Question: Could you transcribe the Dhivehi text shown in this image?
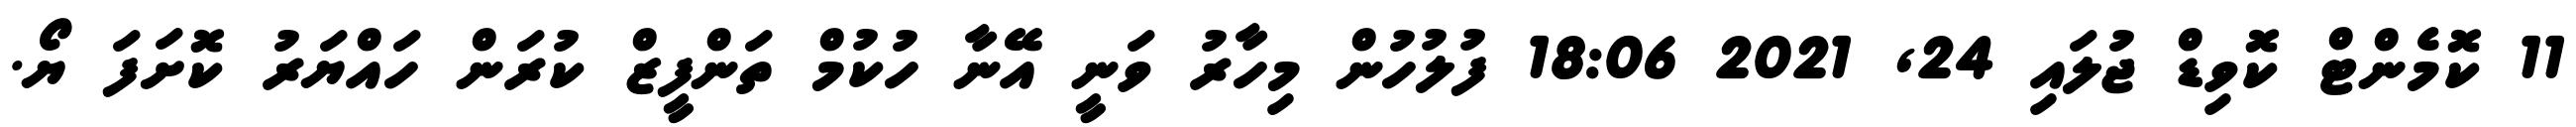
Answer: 11 ކޮމެންޓް ކޮވިޑް ޖުލައި 24, 2021 18:06 ފުލުހުން މިހާރު ވަނީ އޭނާ ހުކުމް ތަންފީޒް ކުރަން ހައްޔަރު ކޮށަފަ ޔޯ.